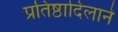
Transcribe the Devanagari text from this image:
प्रतिष्ठादिलाने